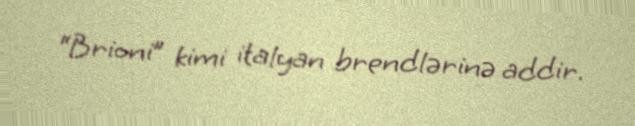
“Brioni” kimi italyan brendlərinə addir.